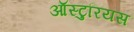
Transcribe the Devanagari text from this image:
ऑस्टुरियस